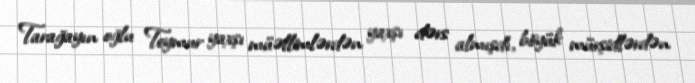
Tarağayın oğlu Teymur yaxşı müəllimlərdən yaxşı dərs almışdı, böyük mürşidlərdən